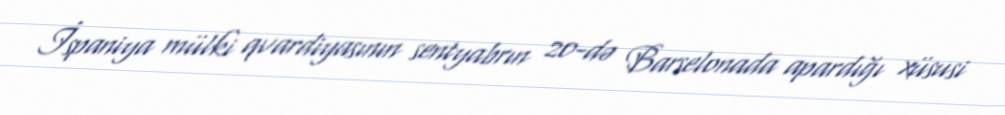
İspaniya mülki qvardiyasının sentyabrın 20-də Barselonada apardığı xüsusi